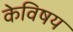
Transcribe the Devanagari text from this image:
केविषय